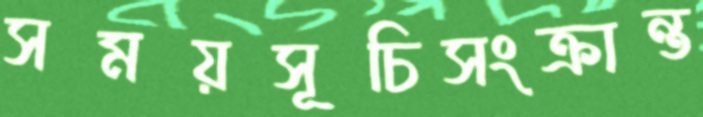
সময়সূচিসংক্রান্ত